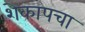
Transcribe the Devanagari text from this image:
शेकापचा